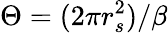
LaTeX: \Theta=(2\pi r_{s}^{2})/\beta